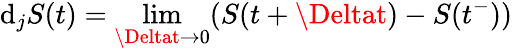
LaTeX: \mathrm{d}_{j}S(t)=\operatorname*{lim}_{\Deltat\to0}(S(t+\Deltat)-S(t^{-}))